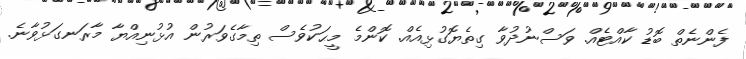
ފެންނެތް ބޮޑު ކާއްޓެއް. ވަސްނުދުވާ ގިތެޔޮގުޅިއެއް. ކޮންމެ މީޙަކުވެސް ތިމާގެވަރުން އުޅުނިއްޔާ މާރަނގަޅުވާނެ.